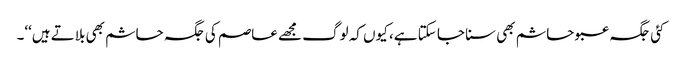
کئی جگہ عبو حاشم بھی سنا جا سکتا ہے، کیوں کہ لوگ مجھے عاصم کی جگہ حاشم بھی بلاتے ہیں‘‘۔